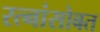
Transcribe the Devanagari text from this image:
रत्नांसोबत